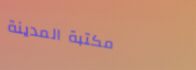
مكتبة المدينة